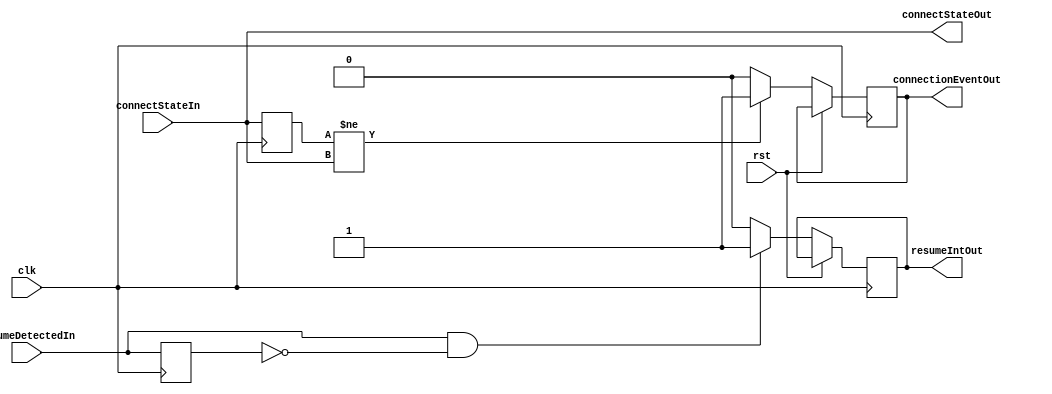
module rxStatusMonitor_simlib(connectStateIn, connectStateOut, resumeDetectedIn, connectionEventOut, resumeIntOut, clk, rst);

input [1:0] connectStateIn;
input resumeDetectedIn;
input clk;
input rst;
output connectionEventOut;
output [1:0] connectStateOut;
output resumeIntOut;

wire [1:0] connectStateIn;
wire resumeDetectedIn;
reg connectionEventOut;
reg [1:0] connectStateOut;
reg resumeIntOut;
wire clk;
wire rst;

reg [1:0]oldConnectState;
reg oldResumeDetected;

always @(connectStateIn)
begin
  connectStateOut <= connectStateIn;
end


always @(posedge clk)
begin
  if (rst == 1'b1)
  begin
    oldConnectState <= connectStateIn;
    oldResumeDetected <= resumeDetectedIn;
  end
  else
  begin
    oldConnectState <= connectStateIn;
    oldResumeDetected <= resumeDetectedIn;
    if (oldConnectState != connectStateIn)
      connectionEventOut <= 1'b1;
    else
      connectionEventOut <= 1'b0;
    if (resumeDetectedIn == 1'b1 && oldResumeDetected == 1'b0)
      resumeIntOut <= 1'b1;
    else 
      resumeIntOut <= 1'b0;
  end
end

endmodule